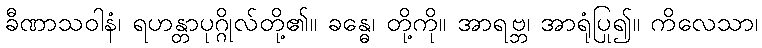
ခီဏာသဝါနံ၊ ရဟန္တာပုဂ္ဂိုလ်တို့၏။ ခန္ဓေ၊ တို့ကို။ အာရဗ္ဘ၊ အာရုံပြု၍။ ကိလေသာ၊